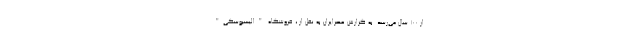
از 100 سال می‌رسد. به گزارش عصرایران به نقل از ، فروشگاه "الیسیوسکی"